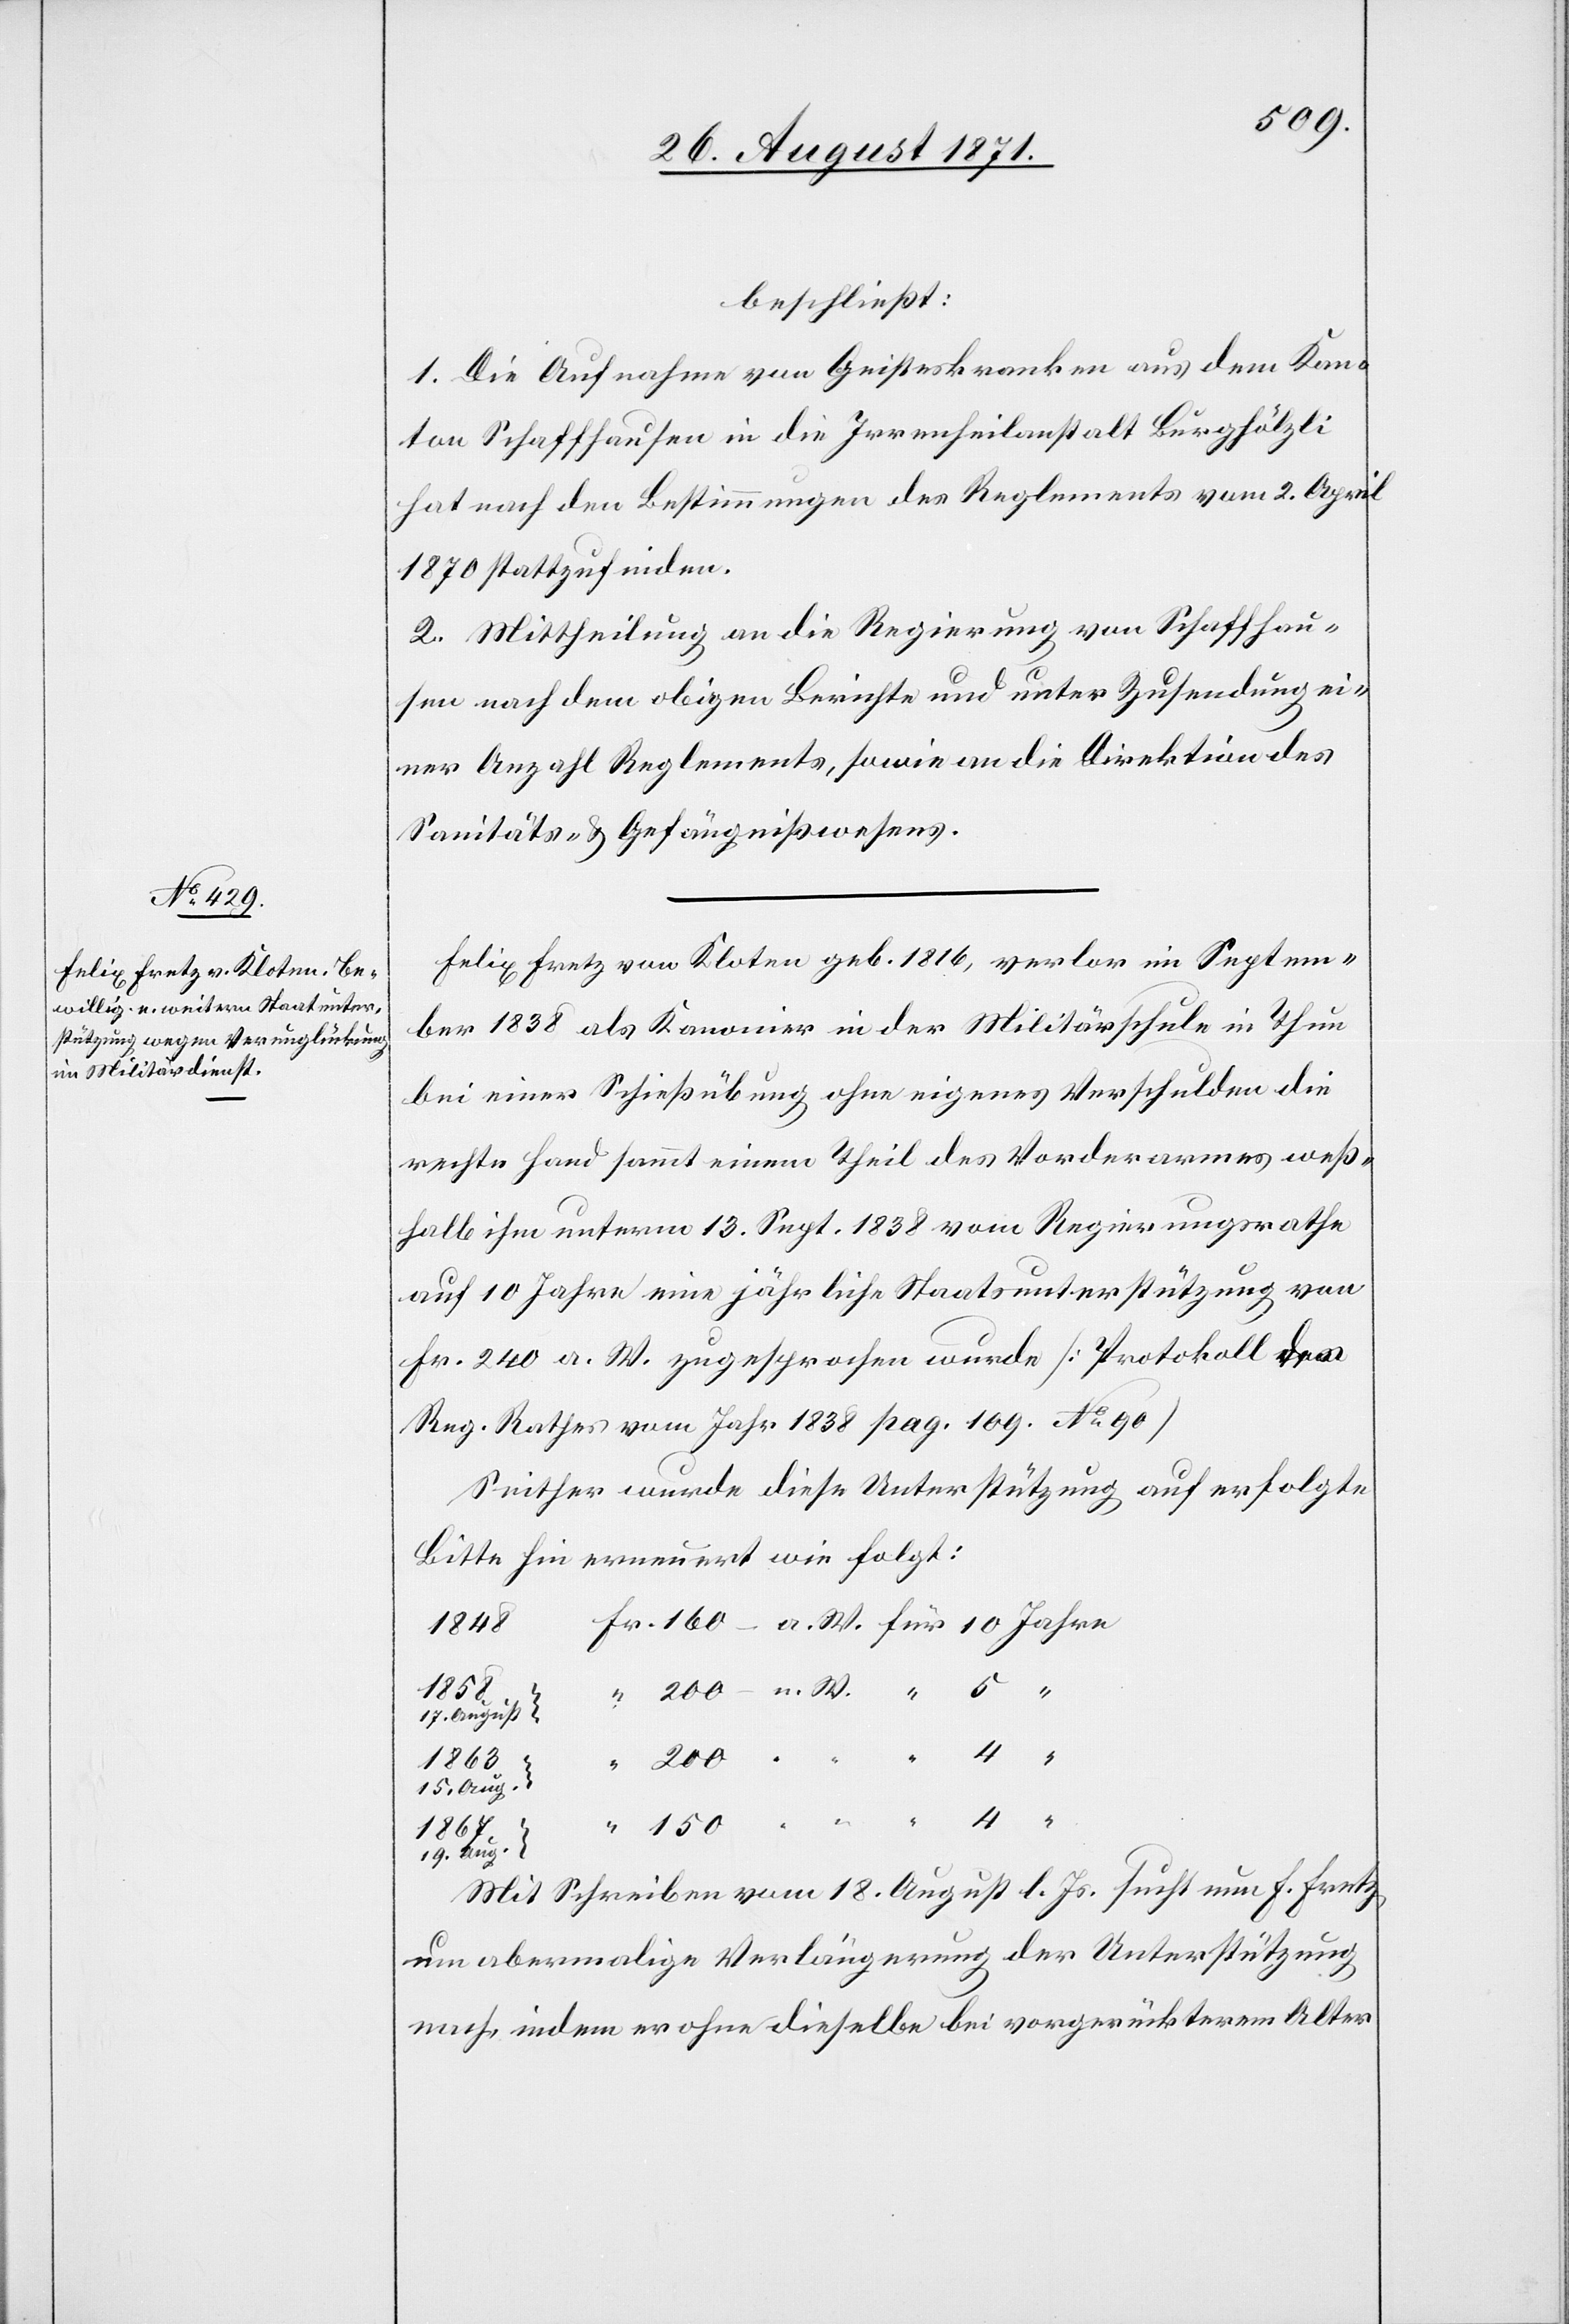
beschließt:
1. Die Aufnahme von Geisteskranken aus dem Kan¬
ton Schaffhausen in die Irrenheilanstalt Burghölzli
hat nach den Bestimmungen des Reglements vom 2. April
1870 stattzufinden.
2. Mittheilung an die Regierung von Schaffhau¬
sen nach dem obigen Berichte und unter Zusendung ei¬
ner Anzahl Reglemente, sowie an die Direktion des
Sanitäts- & Gefängnißwesen.
Felix Fretz von Kloten geb. 1816, verlor im Septem¬
ber 1838 als Kanonier in der Militärschule in Thun
bei einer Schießübung ohne eigenes Verschulden die
rechte Hand sammt einem Theil des Vorderarmes weß¬
halb ihm unterm 13. Sept. 1838 vom Regierungsrath
auf 10 Jahre eine jährliche Staatsunterstützung von
Fr. 240 a. W. zugesprochen wurde [Protokoll des
Reg. Rathes vom Jahr 1838 pag. 109 No 90]
Seither wurde diese Unterstützung auf erfolgte
Bitte hin erneuert wie folgt:
150
17. August
1863
15. Aug.
1867
19.Aug-
Mit Schreiben vom 18. August l. Js. sucht nun F. Fretz
um abermalige Verlängerung der Unterstützung
nach, indem er ohne dieselbe bei vorgerückterem Alter